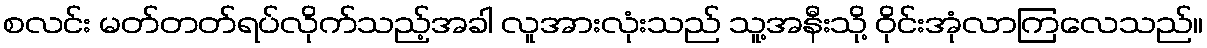
စလင်း မတ်တတ်ရပ်လိုက်သည့်အခါ လူအားလုံးသည် သူ့အနီးသို့ ဝိုင်းအုံလာကြလေသည်။